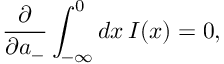
\frac { \partial } { \partial a _ { - } } \int _ { - \infty } ^ { 0 } d x \, I ( x ) = 0 ,